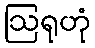
ဩရုဟုံ